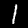
Digit: 1